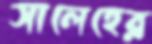
সালেহের